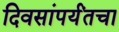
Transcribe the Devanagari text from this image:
दिवसांपर्यंतचा